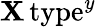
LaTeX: \mathbf{X}\, \mathrm{{type}}^{y}